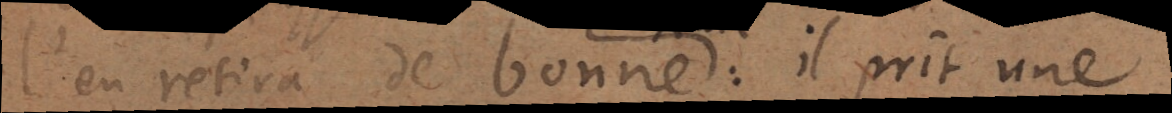
l’en retira de bonne : il prit une